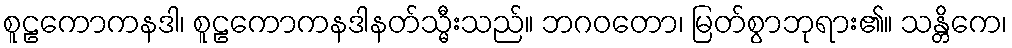
စူဠကောကနဒါ၊ စူဠကောကနဒါနတ်သ္မီးသည်။ ဘဂဝတော၊ မြတ်စွာဘုရား၏။ သန္တိကေ၊